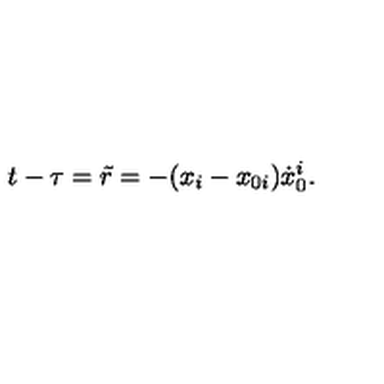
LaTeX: t - \tau = \tilde { r } = - ( x _ { i } - x _ { 0 i } ) { \dot { x } } _ { 0 } ^ { i } .